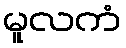
မူလကံ